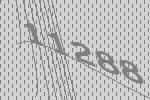
11288